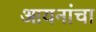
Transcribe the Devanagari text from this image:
आयनांचा